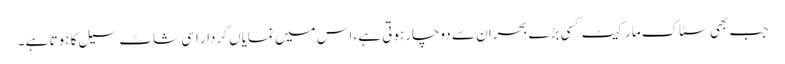
جب بھی سٹاک مارکیٹ کسی بڑے بحران سے دوچارہوتی ہے، اس میں نمایاں کردار اسی شاٹ سیل کا ہوتا ہے ۔